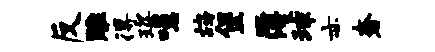
反雕得琛噫鸪堡簿球亦奢